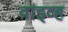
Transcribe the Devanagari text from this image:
वाइव्ह